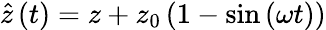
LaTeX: \hat{z}\left(t\right)=z+z_{0}\left({1-\sin\left({\omega t}\right)}\right)